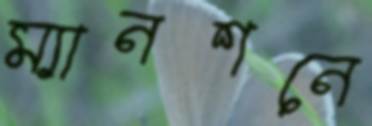
ম্যানশনে